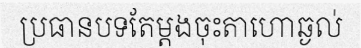
ប្រធានបទតែម្តងចុះតាហោឆ្ងល់